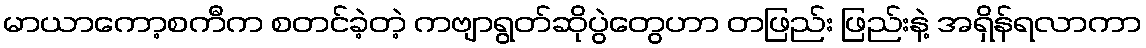
မာယာကော့စကီက စတင်ခဲ့တဲ့ ကဗျာရွတ်ဆိုပွဲတွေဟာ တဖြည်း ဖြည်းနဲ့ အရှိန်ရလာကာ